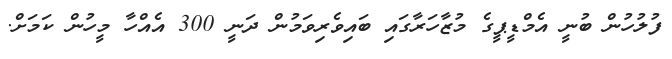
ފުލުހުން ބުނީ އެމްޑީޕީގެ މުޒާހަރާގައި ބައިވެރިވަމުން ދަނީ 300 އެއްހާ މީހުން ކަމަށް.